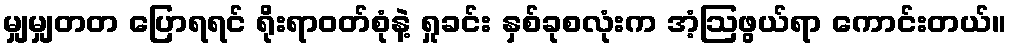
မျှမျှတတ ပြောရရင် ရိုးရာဝတ်စုံနဲ့ ရှုခင်း နှစ်ခုစလုံးက အံ့ဩဖွယ်ရာ ကောင်းတယ်။